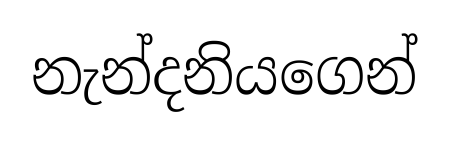
නැන්දනියගෙන්